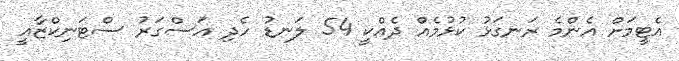
އެޓީމަށް އެންމެ ރަނގަޅު ކުޅުމެއް ދެއްކީ 54 ލަނޑު ހެދި އަސްގަރު ސްޓަނިކްޒާއީ